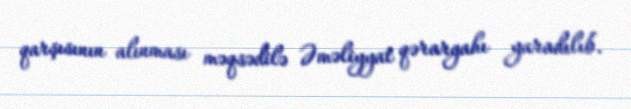
qarşısının alınması məqsədilə Əməliyyat qərargahı yaradılıb.